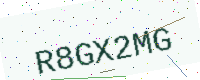
Text: R8GX2MG